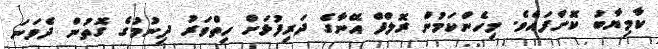
ކާމިޔާބު ކޮށްފައެވެ. މިހެންކަމުން ރޮލްފް އޭނާގެ ދަރިފުޅަށް ހިތްވަރު ދިނުމުގެ ގޮތުން ދެވަނަ